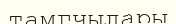
тамгчылары